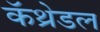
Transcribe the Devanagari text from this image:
कॅथ्रेडल